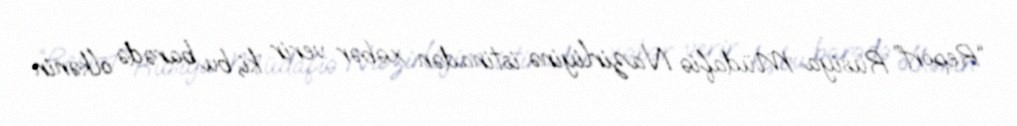
“Report” Rusiya Müdafiə Nazirliyinə istinadən xəbər verir ki, bu barədə ölkənin